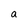
Character: a